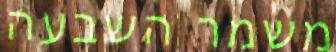
משמר השבעה